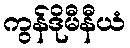
ကွန်ဒိုမီနီယံ